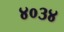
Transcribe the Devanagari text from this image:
४०३४